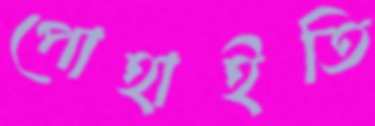
পোহাইতি